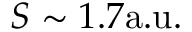
S \sim 1 . 7 \mathrm { a . u . }